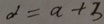
d = a + 3